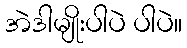
အဲဒါမျိုးပါပဲ ပါပဲ။